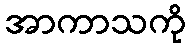
အာကာသကို